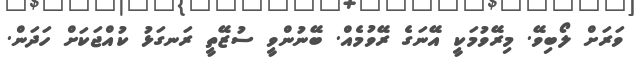
ވަރަށް ލޯބިވޭ. މިރޭވުމަކީ އޭނަގެ ރޭވުމެއް. ބޭނުންވީ ސުޒޭތީ ރަނގަޅު ކުއްޖަކަށް ހަދަން.